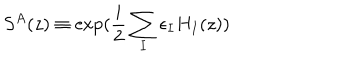
S ^ { A } ( z ) \equiv \exp ( \frac { i } { 2 } \sum _ { I } \epsilon _ { I } H _ { I } ( z ) )